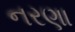
નરણા